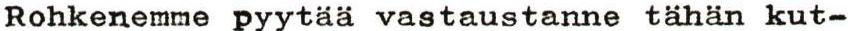
Rohkenemme pyytaa vastaustanne tahan kut-